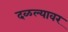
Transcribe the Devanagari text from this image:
दळल्यावर